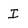
Character: I